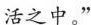
活之中。”